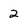
Character: 2